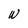
Character: W